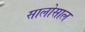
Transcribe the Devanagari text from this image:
सालोसाल